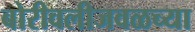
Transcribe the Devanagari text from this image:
बोरीवलीजवळच्या